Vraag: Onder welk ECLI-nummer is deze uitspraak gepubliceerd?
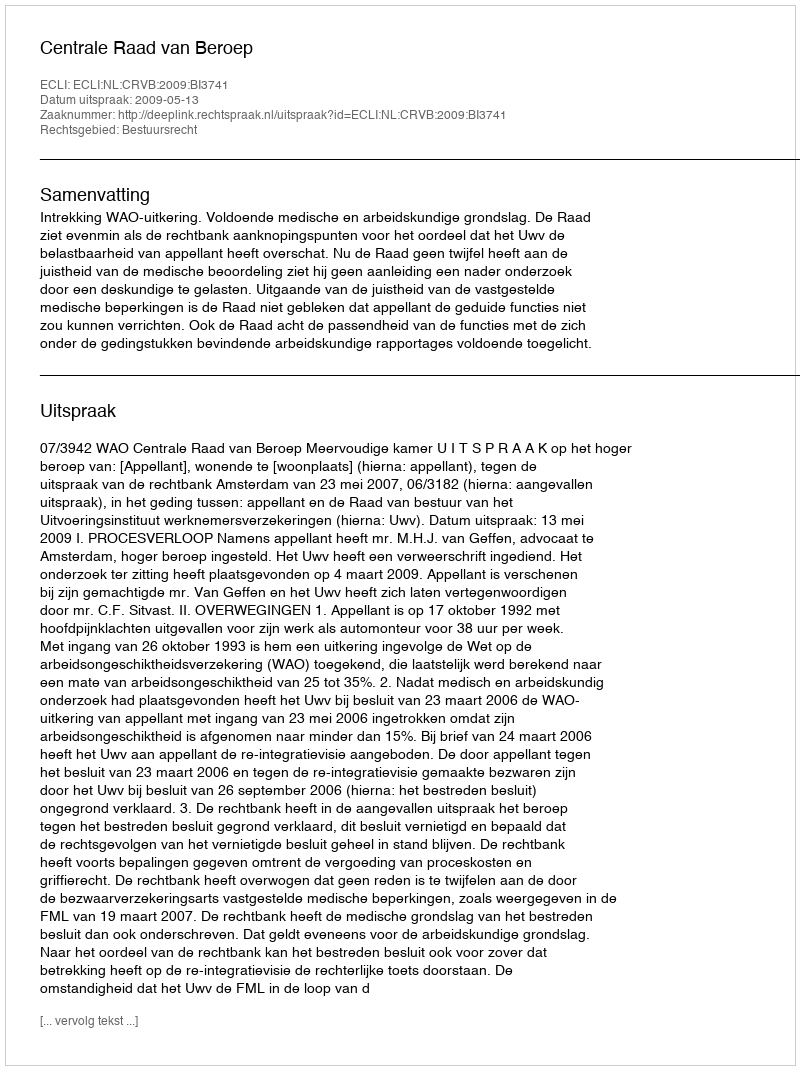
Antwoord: ECLI:NL:CRVB:2009:BI3741